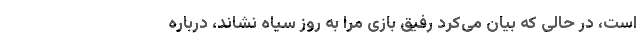
است، در حالی که بیان می‌کرد رفیق بازی مرا به روز سیاه نشاند، درباره